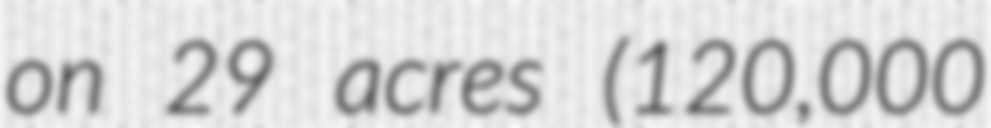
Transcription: on 29 acres (120,000